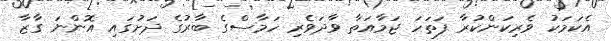
އެކަމަކު ވެރިކަންކުރާ ފަތަހަ ޖަމާއަތާ ވާދަވެރި ހަމާސްގެ ބާރުގެ ދަށުގައި އޮންނަ ގާޒާ